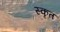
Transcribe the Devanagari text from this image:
स्कृत